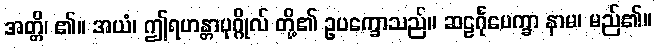
အတ္တိ၊ ၏။ အယံ၊ ဤရဟန္တာပုဂ္ဂိုလ် တို့၏ ဥပက္ခောသည်။ ဆဠင်္ဂုပေက္ခာ နာမ၊ မည်၏။